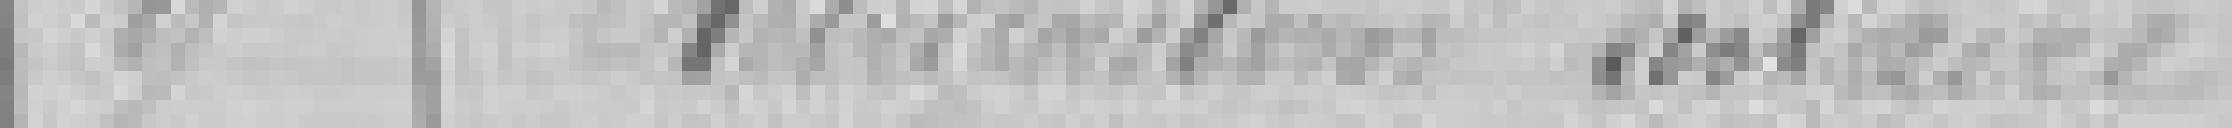
9. Rétribution scolaire